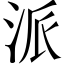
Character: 派